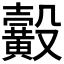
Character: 𪏙